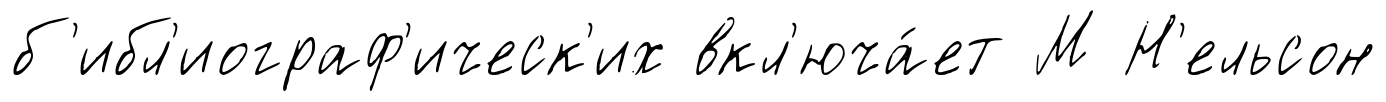
б'ибл'иограф'ическ'их вкл'юча́ет М Н'ельсон